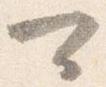
可